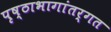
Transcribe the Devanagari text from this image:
पृष्ठाभागांतर्गत